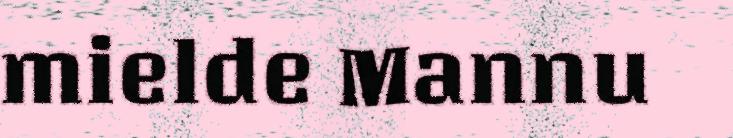
mielde Mannu